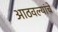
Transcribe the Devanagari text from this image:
आठवल्यांचे